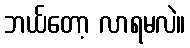
ဘယ်တော့ လာရမလဲ။